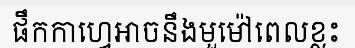
ផឹកកាហ្វេអាចនឹងមួម៉ៅពេលខ្លះ